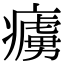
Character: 𤺿